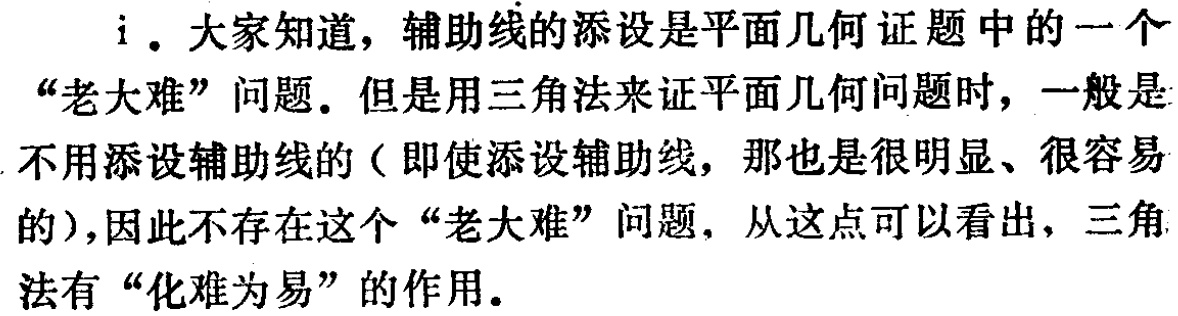
i. 大家知道，辅助线的添设是平面几何证题中的一个“老大难”问题。但是用三角法来证平面几何问题时，一般是不用添设辅助线的（即使添设辅助线，那也是很明显、很容易的），因此不存在这个“老大难”问题，从这点可以看出，三角法有“化难为易”的作用。